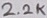
Text: 2.2K